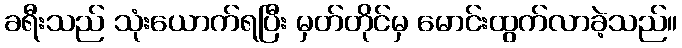
ခရီးသည် သုံးယောက်ရပြီး မှတ်တိုင်မှ မောင်းထွက်လာခဲ့သည်။